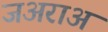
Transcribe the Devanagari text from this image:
जअराअ